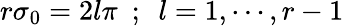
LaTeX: r\sigma_{0}=2l\pi~~;~~l=1,\cdots,r-1